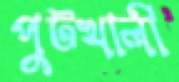
পুটখালী